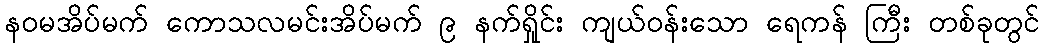
နဝမအိပ်မက် ကောသလမင်းအိပ်မက် ၉ နက်ရှိုင်း ကျယ်ဝန်းသော ရေကန် ကြီး တစ်ခုတွင်